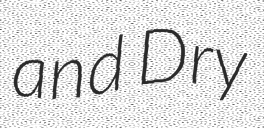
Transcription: and Dry